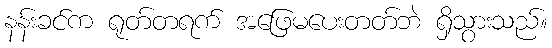
နန်းခင်က ရုတ်တရက် အဖြေမပေးတတ်ဘဲ ရှိသွားသည်။